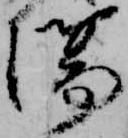
場